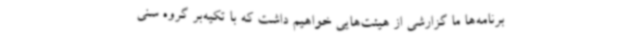
برنامه‌ها ما گزارشی از هیئت‌هایی خواهیم داشت که با تکیه‌بر گروه سنی